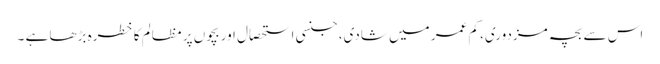
اس سے بچہ مزدوری، کم عمر میں شادی، جنسی استحصال اور بچوں پر مظالم کا خطرہ بڑھا ہے ۔